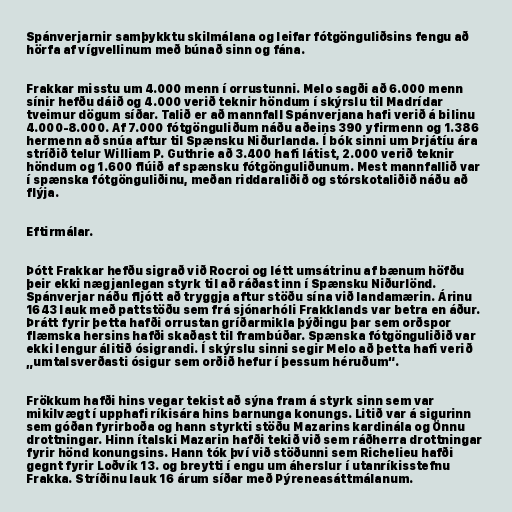
Spánverjarnir samþykktu skilmálana og leifar fótgönguliðsins fengu að
hörfa af vígvellinum með búnað sinn og fána.

Frakkar misstu um 4.000 menn í orrustunni. Melo sagði að 6.000 menn
sínir hefðu dáið og 4.000 verið teknir höndum í skýrslu til Madrídar
tveimur dögum síðar. Talið er að mannfall Spánverjana hafi verið á bilinu
4.000-8.000. Af 7.000 fótgönguliðum náðu aðeins 390 yfirmenn og 1.386
hermenn að snúa aftur til Spænsku Niðurlanda. Í bók sinni um Þrjátíu ára
stríðið telur William P. Guthrie að 3.400 hafi látist, 2.000 verið teknir
höndum og 1.600 flúið af spænsku fótgönguliðunum. Mest mannfallið var
í spænska fótgönguliðinu, meðan riddaraliðið og stórskotaliðið náðu að
flýja.

Eftirmálar.

Þótt Frakkar hefðu sigrað við Rocroi og létt umsátrinu af bænum höfðu
þeir ekki nægjanlegan styrk til að ráðast inn í Spænsku Niðurlönd.
Spánverjar náðu fljótt að tryggja aftur stöðu sína við landamærin. Árinu
1643 lauk með pattstöðu sem frá sjónarhóli Frakklands var betra en áður.
Þrátt fyrir þetta hafði orrustan gríðarmikla þýðingu þar sem orðspor
flæmska hersins hafði skaðast til frambúðar. Spænska fótgönguliðið var
ekki lengur álitið ósigrandi. Í skýrslu sinni segir Melo að þetta hafi verið
„umtalsverðasti ósigur sem orðið hefur í þessum héruðum“.

Frökkum hafði hins vegar tekist að sýna fram á styrk sinn sem var
mikilvægt í upphafi ríkisára hins barnunga konungs. Litið var á sigurinn
sem góðan fyrirboða og hann styrkti stöðu Mazarins kardinála og Önnu
drottningar. Hinn ítalski Mazarin hafði tekið við sem ráðherra drottningar
fyrir hönd konungsins. Hann tók því við stöðunni sem Richelieu hafði
gegnt fyrir Loðvík 13. og breytti í engu um áherslur í utanríkisstefnu
Frakka. Stríðinu lauk 16 árum síðar með Pýreneasáttmálanum.